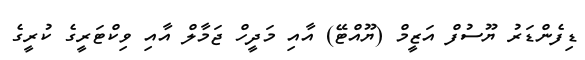
ޑިފެންޑަރު ޔޫސުފް އަޒީމް (ޔޫއްޓޭ) އާއި މަދީހް ޖަމާލް އާއި ވިކްޓަރީގެ ކުރީގެ